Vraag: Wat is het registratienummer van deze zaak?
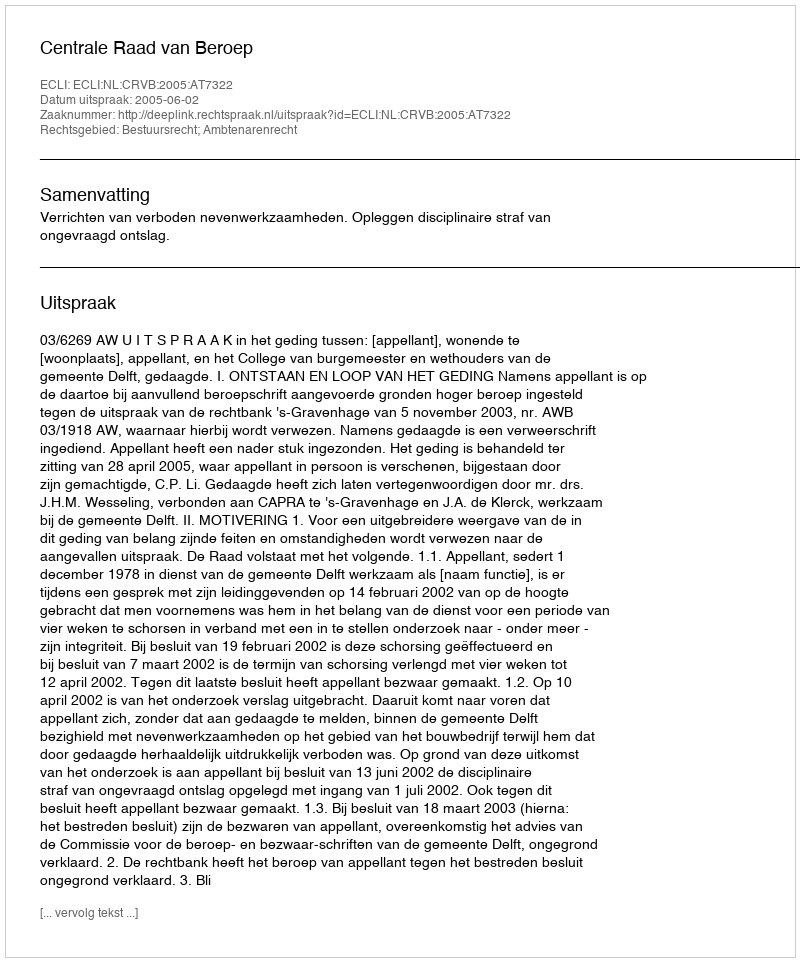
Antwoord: http://deeplink.rechtspraak.nl/uitspraak?id=ECLI:NL:CRVB:2005:AT7322